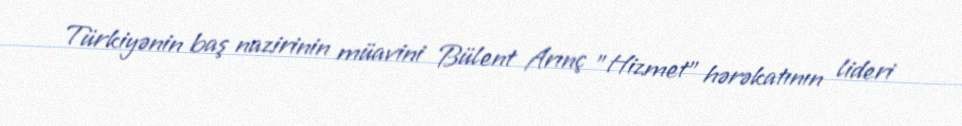
Türkiyənin baş nazirinin müavini Bülent Arınç "Hizmet" hərəkatının lideri